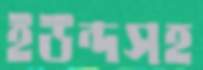
ইউন্দসহ